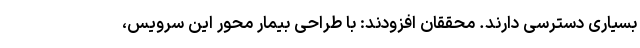
بسیاری دسترسی دارند. محققان افزودند: با طراحی بیمار محور این سرویس،